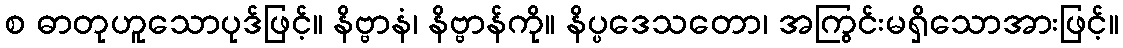
စ ဓာတုဟူသောပုဒ်ဖြင့်။ နိဗ္ဗာနံ၊ နိဗ္ဗာန်ကို။ နိပ္ပဒေသတော၊ အကြွင်းမရှိသောအားဖြင့်။